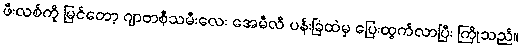
ဖီးလစ်ကို မြင်တော့ ဂျာဗာစီ့သမီးလေး အေမီလီ ပန်းခြံထဲမှ ပြေးထွက်လာပြီး ကြိုသည်။